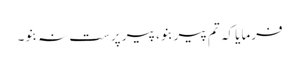
فرمایا کہ تم پیر بنو، پیر پرست نہ بنو۔